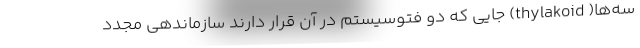
سه‌ها( thylakoid) جایی که دو فتوسیستم در آن قرار دارند سازماندهی مجدد